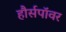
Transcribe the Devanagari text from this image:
हौर्सपॉवर